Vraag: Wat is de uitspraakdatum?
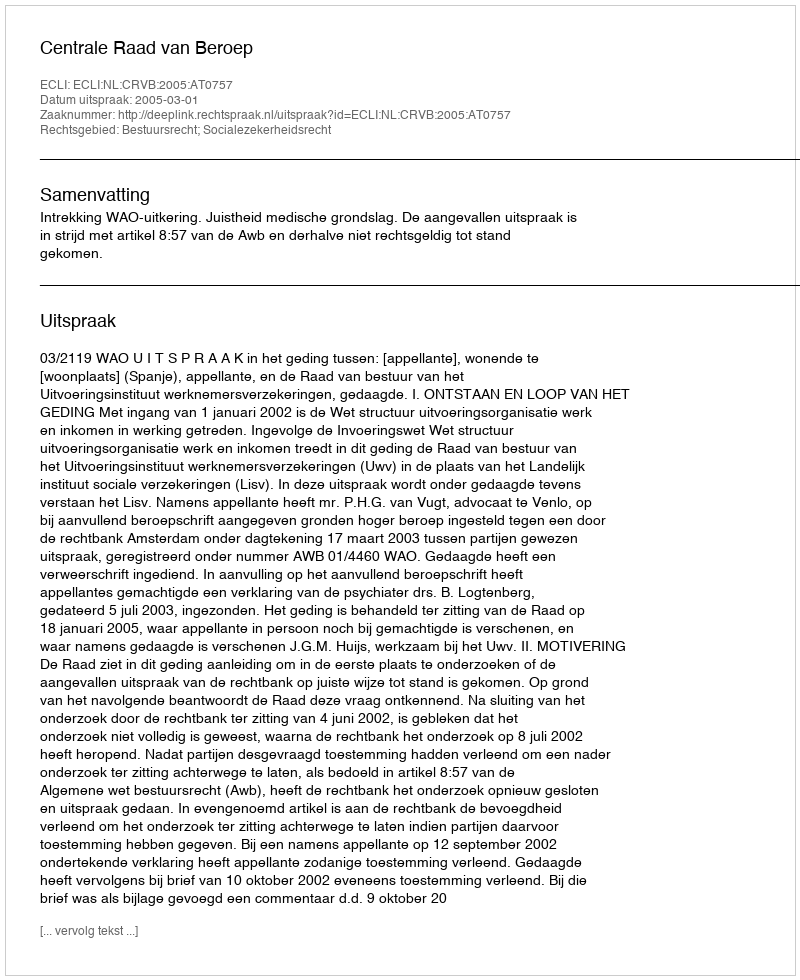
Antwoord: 2005-03-01